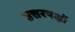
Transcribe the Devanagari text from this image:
उत्तरपक्षों